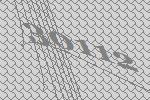
30112